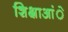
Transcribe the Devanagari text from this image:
शिक्षाआंे